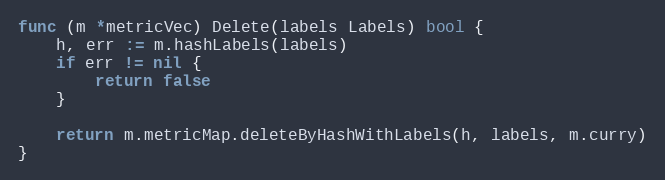
Language: Go
func (m *metricVec) Delete(labels Labels) bool {
	h, err := m.hashLabels(labels)
	if err != nil {
		return false
	}

	return m.metricMap.deleteByHashWithLabels(h, labels, m.curry)
}